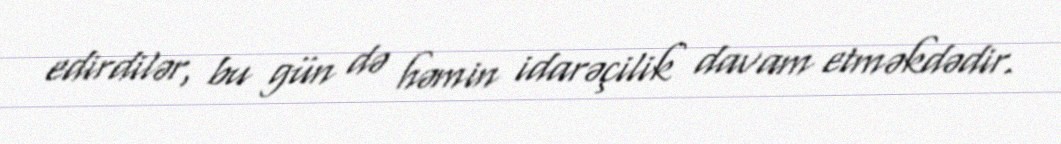
edirdilər, bu gün də həmin idarəçilik davam etməkdədir.